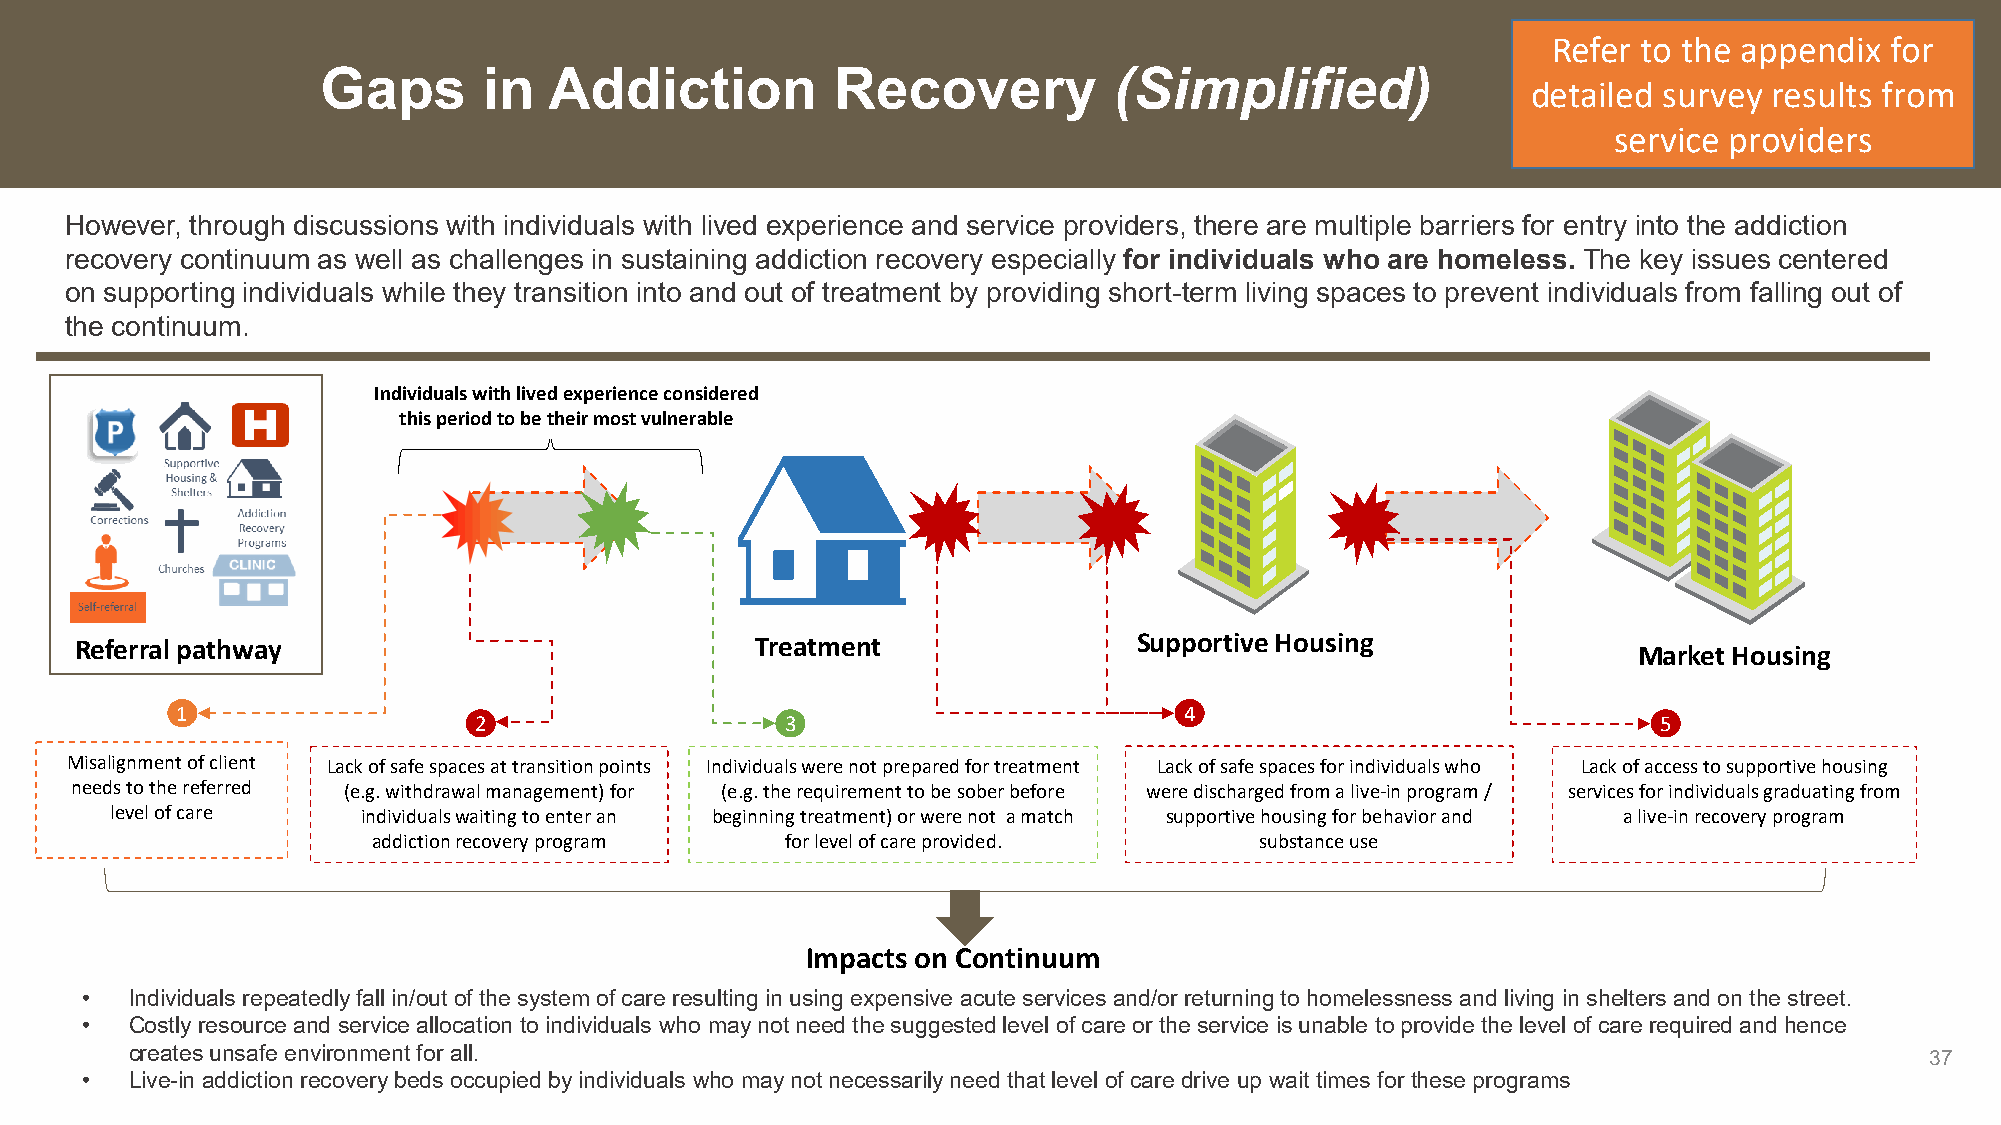
Refer to the appendix for
 Gaps       in  Addiction          Recovery           (Simplified)
 detailed survey results from
 service providers
 However, through discussions with individuals with lived experience and service providers, there are multiple barriers for entry into the addiction
 recovery continuum as well as challenges in sustaining addiction recovery especially for individuals who are homeless. The key issues centered
 on supporting individuals while they transition into and out of treatment by providing short-term living spaces to prevent individuals from falling out of
 the continuum.
 Individuals with lived experience considered
 this period to be their most vulnerable
 Referral pathway                             Treatment                Supportive Housing
 Market Housing
 1                                                                 4
 2                    3                                                         5
 Misalignment of client Lack of safe spaces at transition points Individuals were not prepared for treatment Lack of safe spaces for individuals who Lack of access to supportive housing
 needs to the referred (e.g. withdrawal management) for (e.g. the requirement to be sober before were discharged from a live-in program / services for individuals graduating from
 level of care    individuals waiting to enter an beginning treatment) or were not a match supportive housing for behavior and a live-in recovery program
 addiction recovery program for level of care provided.    substance use
 Impacts on Continuum
 •   Individuals repeatedly fall in/out of the system of care resulting in using expensive acute services and/or returning to homelessness and living in shelters and on the street.
 •   Costly resource and service allocation to individuals who may not need the suggested level of care or the service is unable to provide the level of care required and hence
 creates unsafe environment for all.                                                                                    37
 •   Live-in addiction recovery beds occupied by individuals who may not necessarily need that level of care drive up wait times for these programs